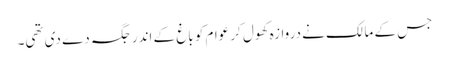
جس کے مالک نے دروازہ کھول کر عوام کو باغ کے اندر جگہ دے دی تھی۔